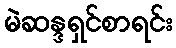
မဲဆန္ဒရှင်စာရင်း